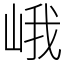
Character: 峨